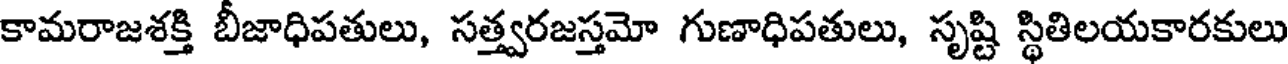
కామరాజశక్తి బీజాధిపతులు, సత్త్వరజస్తమో గుణాధిపతులు, సృష్టి స్థితిలయకారకులు